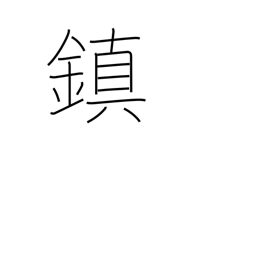
Meaning: tranquilize